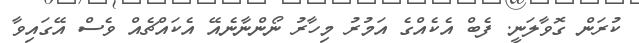
ކުރަން ގޮވާލަނީ. ފެބް އެކެއްގެ އަމުރު މިހާރު ނޯންނާނެއޭ އެކައްޗެއް ވެސް އޭގައިވާ